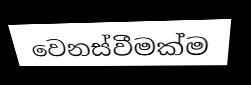
වෙනස්වීමක්ම